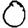
Digit: 0